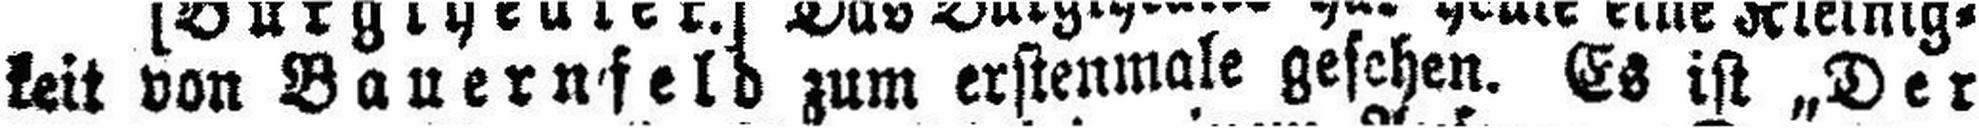
keit von Bauernfeld zum erstenmale gesehen. Es ist „Der